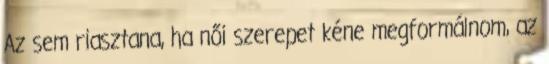
Az sem riasztana, ha női szerepet kéne megformálnom, az